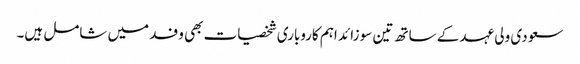
سعودی ولی عہد کے ساتھ تین سو زائد اہم کاروباری شخصیات بھی وفد میں شامل ہیں۔